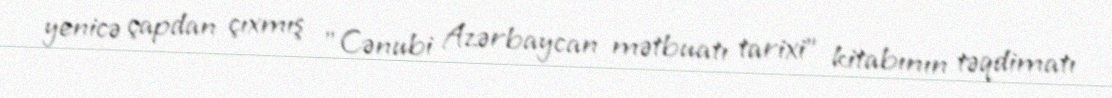
yenicə çapdan çıxmış "Cənubi Azərbaycan mətbuatı tarixi" kitabının təqdimatı